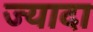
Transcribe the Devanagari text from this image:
ज्यादा